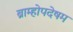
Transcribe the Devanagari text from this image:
ब्राम्होपदेषम